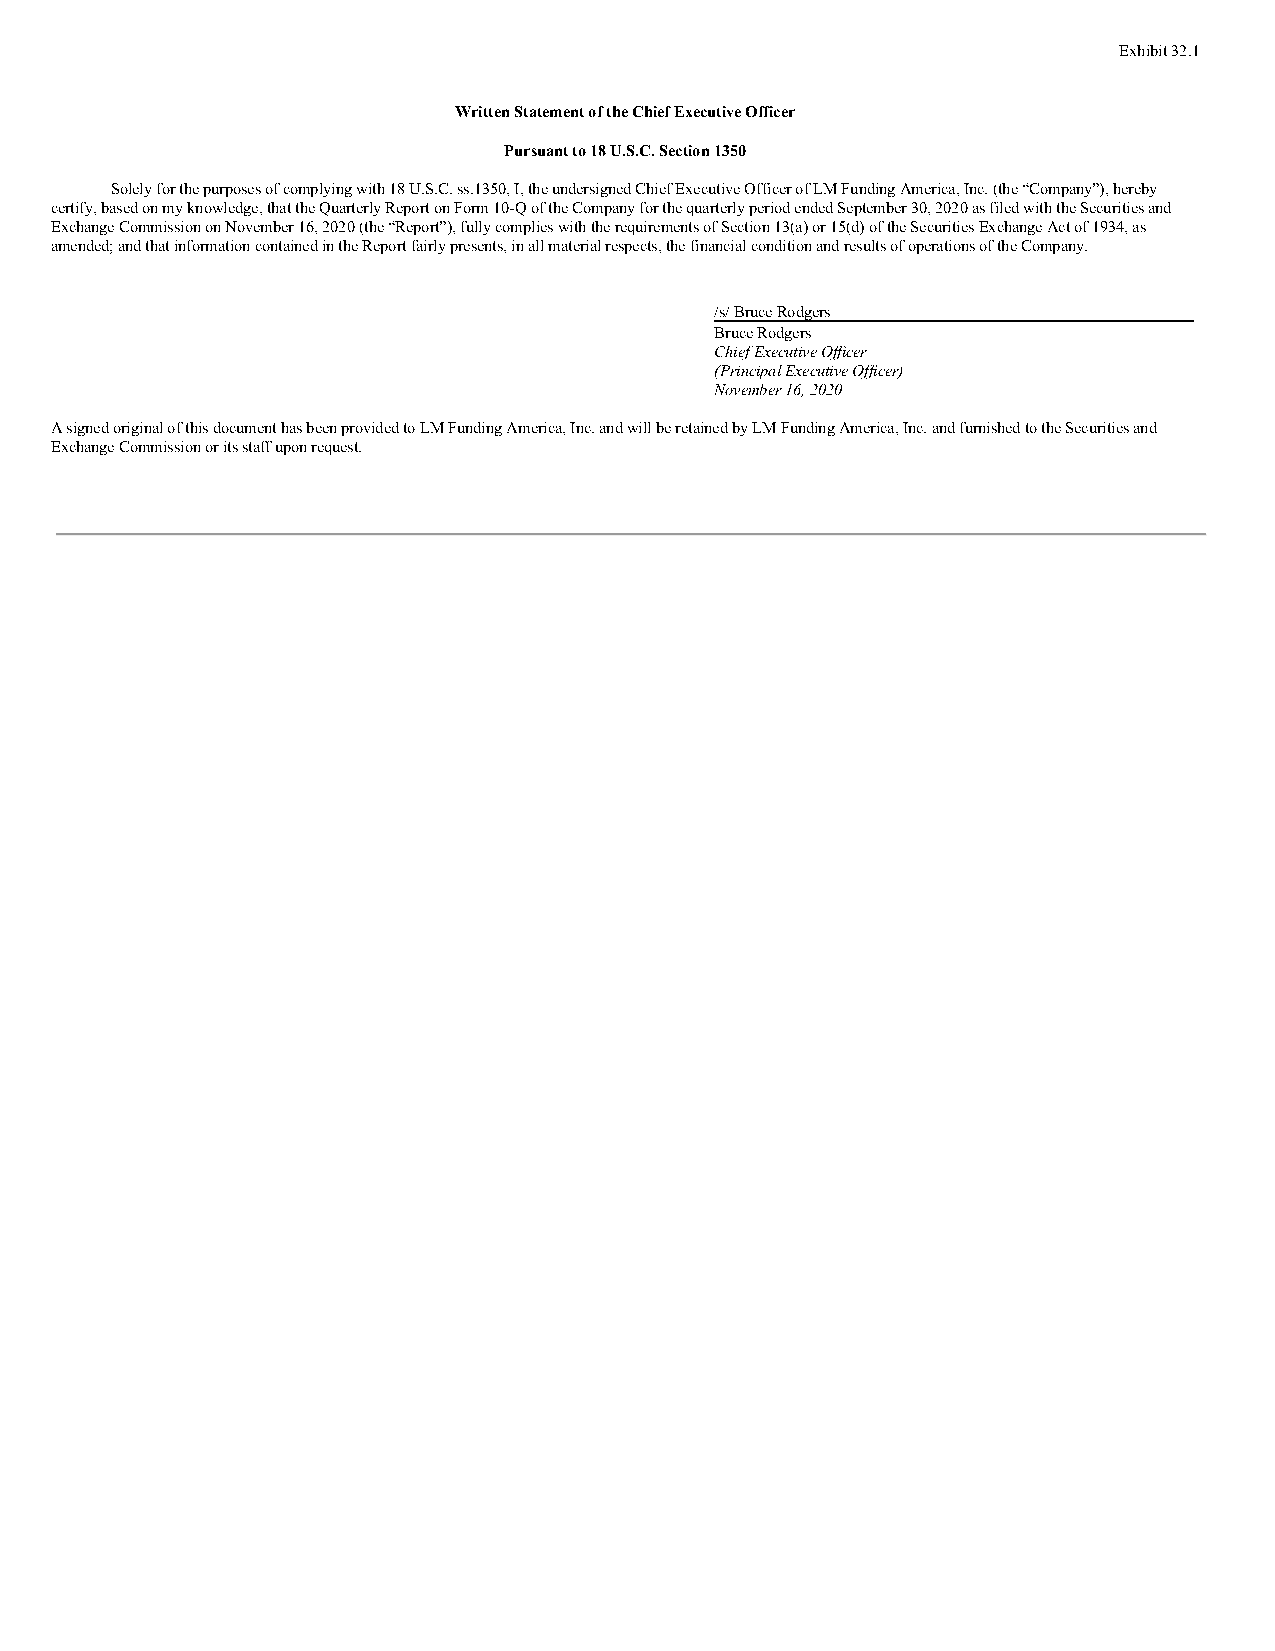
Exhibit 32.1
 Written Statement of the Chief Executive Officer
 Pursuant to 18 U.S.C. Section 1350
 Solely for the purposes of complying with 18 U.S.C. ss.1350, I, the undersigned Chief Executive Officer of LM Funding America, Inc. (the “Company”), hereby
 certify, based on my knowledge, that the Quarterly Report on Form 10-Q of the Company for the quarterly period ended September 30, 2020 as filed with the Securities and
 Exchange Commission on November 16, 2020 (the “Report”), fully complies with the requirements of Section 13(a) or 15(d) of the Securities Exchange Act of 1934, as
 amended; and that information contained in the Report fairly presents, in all material respects, the financial condition and results of operations of the Company.
 /s/ Bruce Rodgers
 Bruce Rodgers
 Chief Executive Officer
 (Principal Executive Officer)
 November 16, 2020
 A signed original of this document has been provided to LM Funding America, Inc. and will be retained by LM Funding America, Inc. and furnished to the Securities and
 Exchange Commission or its staff upon request.